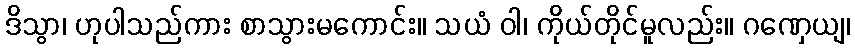
ဒိသွာ၊ ဟုပါသည်ကား စာသွားမကောင်း။ သယံ ဝါ၊ ကိုယ်တိုင်မူလည်း။ ဂဏှေယျ၊